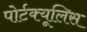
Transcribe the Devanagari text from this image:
पोर्टक्यूलिस